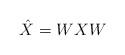
LaTeX: \begin{align*} \hat{X} = WXW \end{align*}